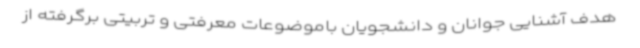
هدف آشنایی جوانان و دانشجویان باموضوعات معرفتی و تربیتی برگرفته از